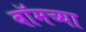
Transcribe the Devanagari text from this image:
बॉमच्या